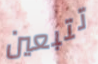
تتبعين